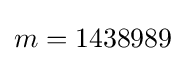
m=1438989